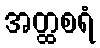
အတ္ထစရံ